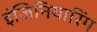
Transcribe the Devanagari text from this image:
इंजिनियारिंग